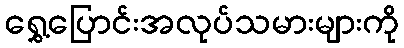
ရွှေ့ပြောင်းအလုပ်သမားများကို